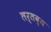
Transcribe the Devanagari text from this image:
लर्तव्य